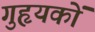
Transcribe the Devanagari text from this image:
गुहृयकों